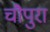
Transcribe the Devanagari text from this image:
चौपुरा